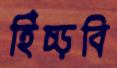
হিঁচ্‌ড়বি